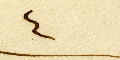
٤